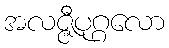
အလဇ္ဇီပုဂ္ဂလော